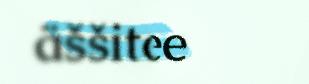
äššitobdee